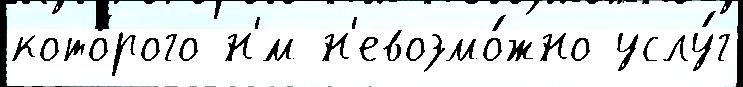
кото́рого н'́м н'евозмо́жно услу́г